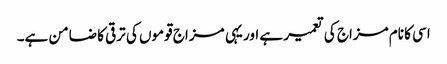
اسی کا نام مزاج کی تعمیر ہے اور یہی مزاج قوموں کی ترقی کا ضامن ہے۔